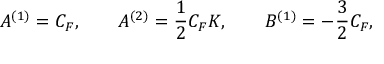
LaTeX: A ^ { ( 1 ) } = C _ { F } , \qquad A ^ { ( 2 ) } = \frac { 1 } { 2 } C _ { F } K , \qquad B ^ { ( 1 ) } = - \frac { 3 } { 2 } C _ { F } ,